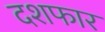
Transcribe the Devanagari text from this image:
दशफार